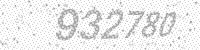
Solution: 932780